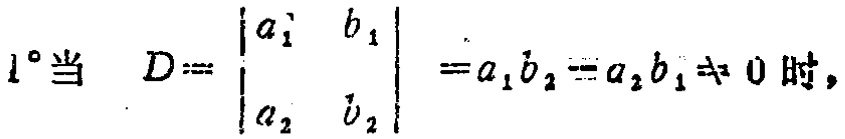
$1^{\circ}\text{当 } D = \begin{vmatrix}

a_{1} & b_{1} \\

a_{2} & b_{2}

\end{vmatrix}=a_{1}b_{2}-a_{2}b_{1}\neq 0 \text{ 时，}$